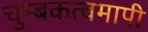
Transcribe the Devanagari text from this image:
चुम्बकत्वमापी